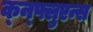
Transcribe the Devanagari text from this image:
क्न्फ्लुएन्स